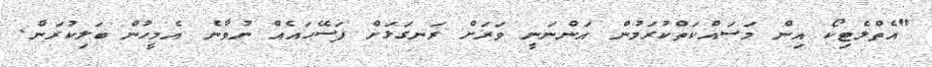
"އެތްލެޓިކޯ އިން މަސައްކަތްކުރަމުން އަންނަނީ ވަރަށް ރަނގަޅަށް ފަސޭހައެއް ނުވާނެ އެމީހުން ބަލިކުރަން.